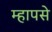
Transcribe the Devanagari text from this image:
म्हापसे